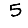
Digit: 5